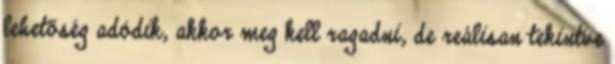
lehetőség adódik, akkor meg kell ragadni, de reálisan tekintve